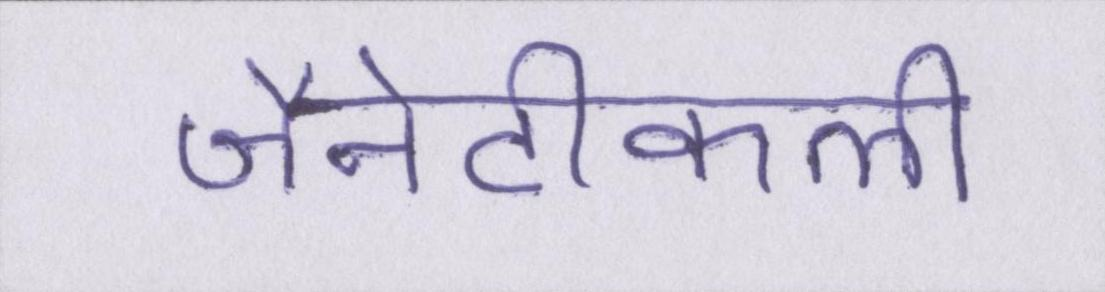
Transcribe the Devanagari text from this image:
जैनेटीकली